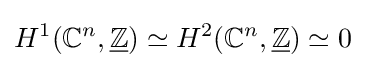
H^{1}(\mathbb {C} ^{n},{\underline {\mathbb {Z} }})\simeq H^{2}(\mathbb {C} ^{n},{\underline {\mathbb {Z} }})\simeq 0